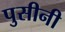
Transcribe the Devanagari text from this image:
पुसीनी